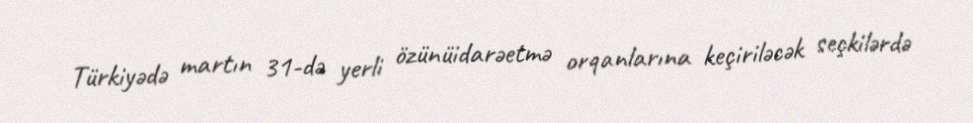
Türkiyədə martın 31-də yerli özünüidarəetmə orqanlarına keçiriləcək seçkilərdə